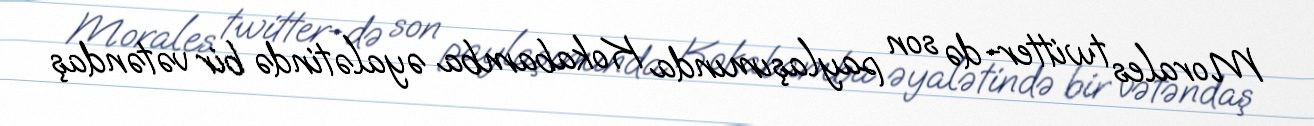
Morales twitter-də son paylaşımında Kokabamba əyalətində bir vətəndaş